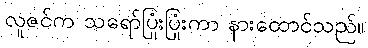
လူဇင်က သရော်ပြုံးပြုံးကာ နားထောင်သည်။